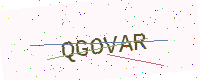
Text: QGOVAR